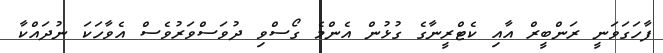
ފާހަގަވަނީ ރަންބީރް އާއި ކެޓްރީނާގެ ގުޅުން އެންމެ ގޯސްވި ދުވަސްވަރުވެސް އެވާހަކަ ނުދައްކާ